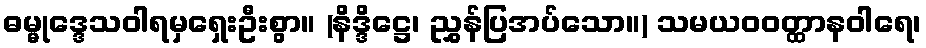
ဓမ္မုဒ္ဒေသဝါရမှရှေးဦးစွာ။ (နိဒ္ဒိဋ္ဌေ၊ ညွှန်ပြအပ်သော။) သမယဝဝတ္ထာနဝါရေ၊